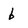
Character: 6